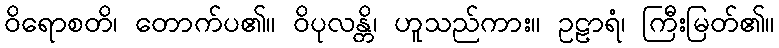
ဝိရောစတိ၊ တောက်ပ၏။ ဝိပုလန္တိ၊ ဟူသည်ကား။ ဥဠာရံ၊ ကြီးမြတ်၏။